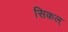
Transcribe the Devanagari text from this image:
सिकल्